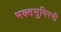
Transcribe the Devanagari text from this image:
भक्तसुमिरनी